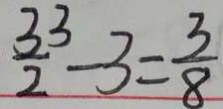
\frac { 3 3 } { 2 } - 3 = \frac { 3 } { 8 }